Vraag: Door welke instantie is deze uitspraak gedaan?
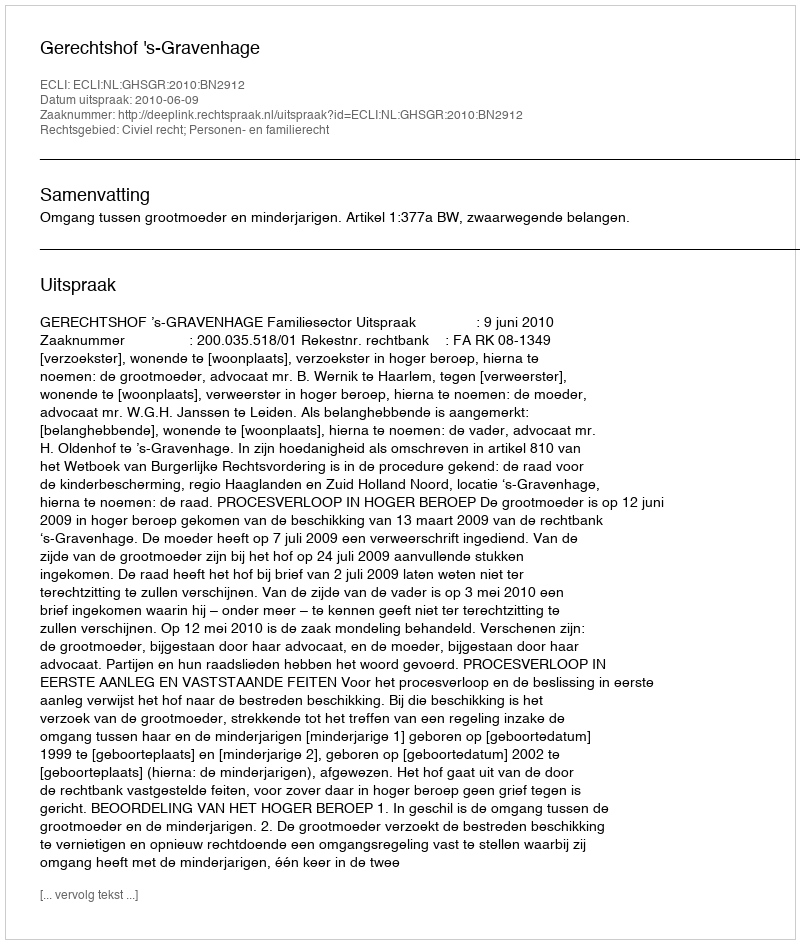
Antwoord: Gerechtshof 's-Gravenhage